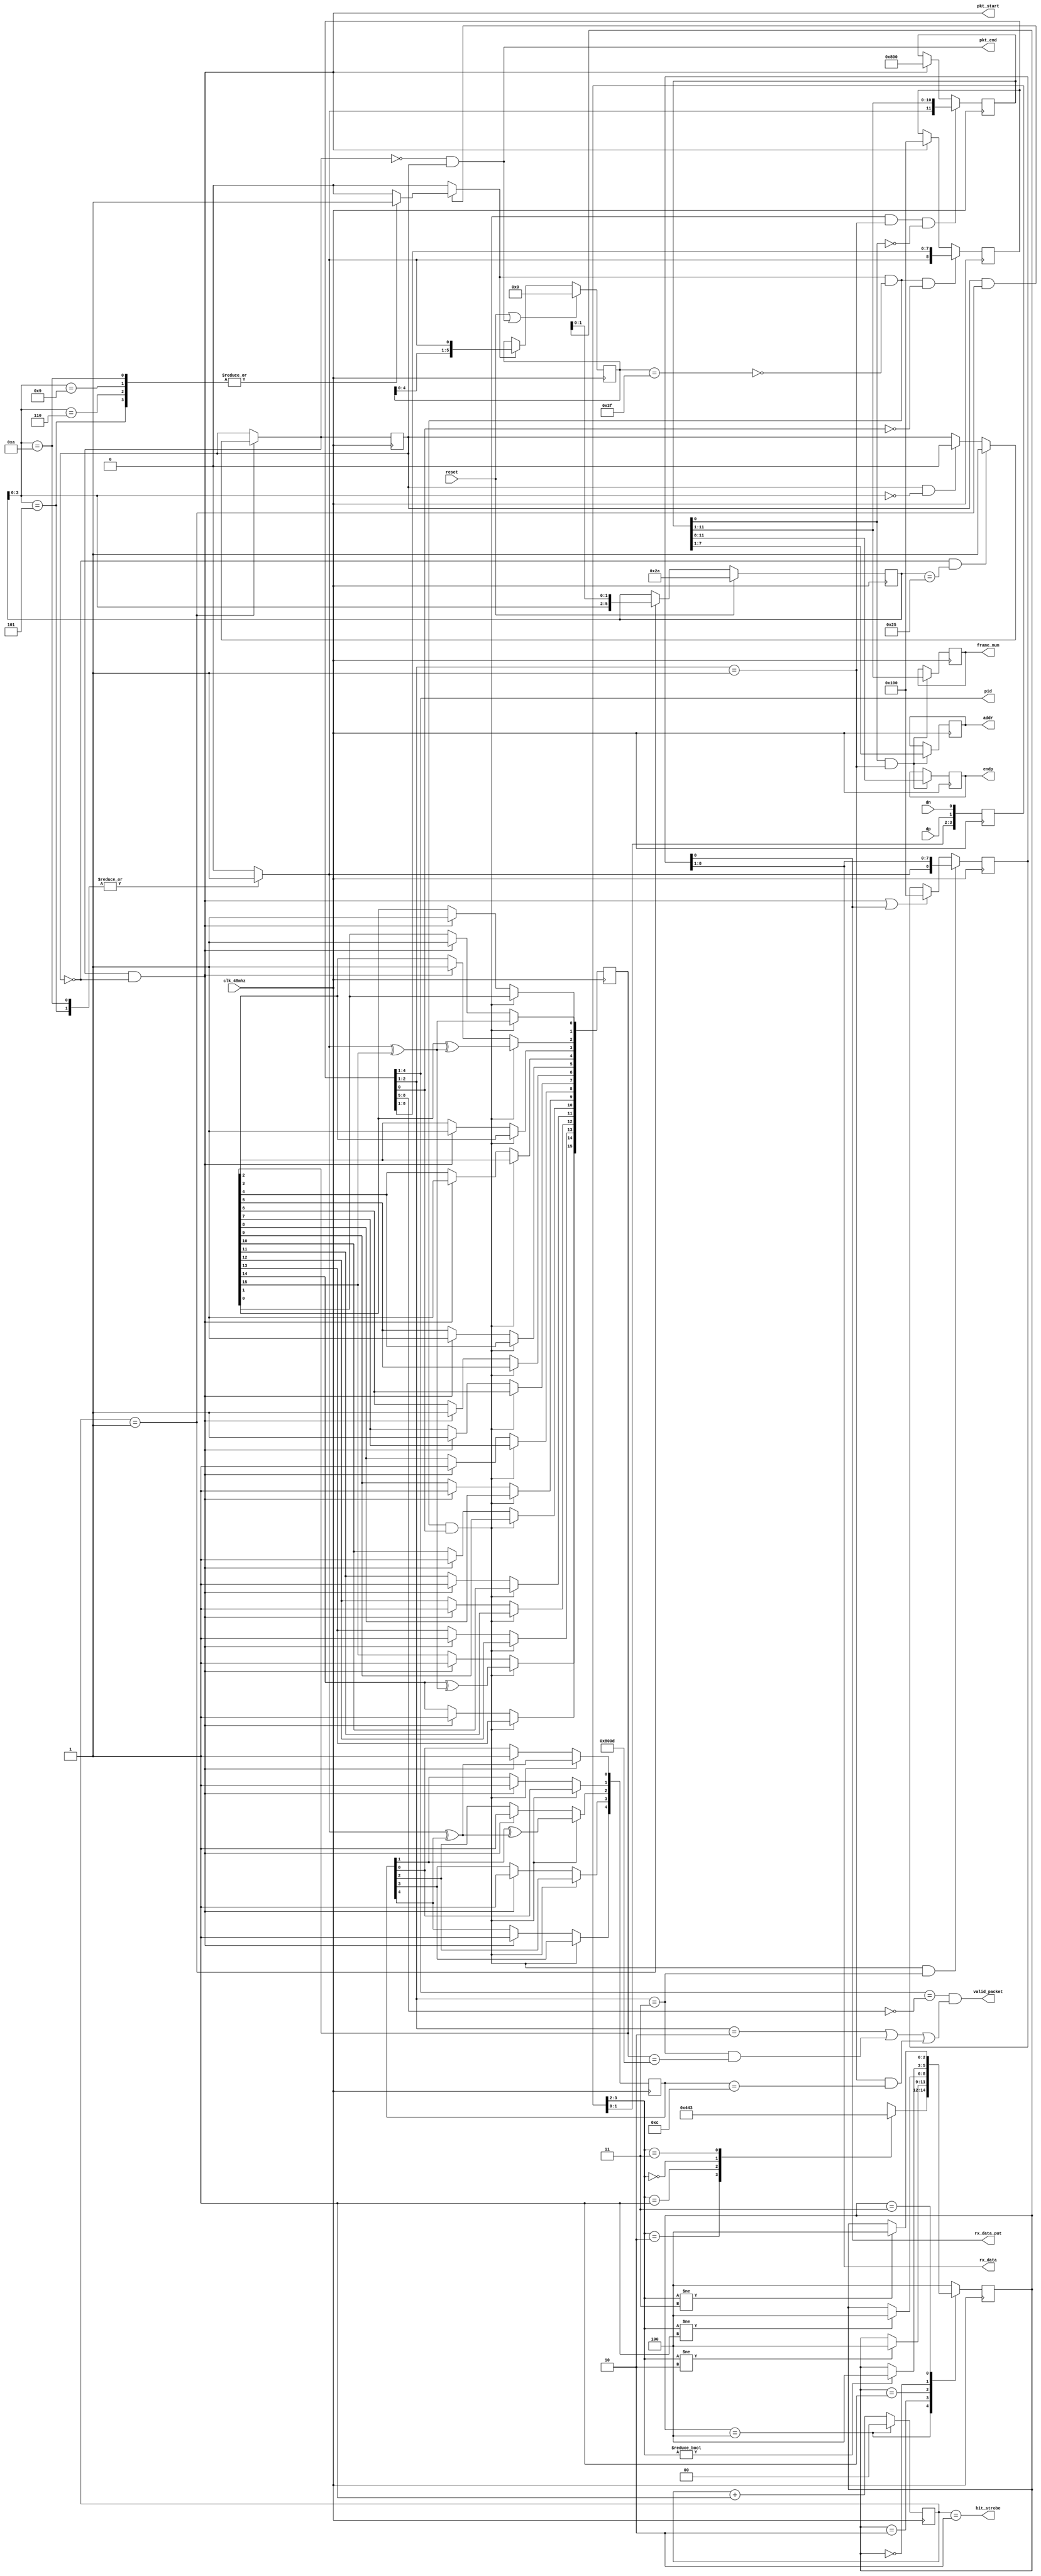
module usb_fs_rx (
  // A 48MHz clock is required to recover the clock from the incoming data. 
  input clk_48mhz,
  input reset,

  // USB data+ and data- lines.
  input dp,
  input dn,

  // pulse on every bit transition.
  output bit_strobe,

  // Pulse on beginning of new packet.
  output pkt_start,

  // Pulse on end of current packet.
  output pkt_end,

  // Most recent packet decoded.
  output [3:0] pid,
  output reg [6:0] addr = 0,
  output reg [3:0] endp = 0,
  output reg [10:0] frame_num = 0,

  // Pulse on valid data on rx_data.
  output rx_data_put,
  output [7:0] rx_data,

  // Most recent packet passes PID and CRC checks
  output valid_packet
);
  wire clk = clk_48mhz;

  ////////////////////////////////////////////////////////////////////////////////
  ////////////////////////////////////////////////////////////////////////////////
  ////////
  //////// usb receive path
  ////////
  ////////////////////////////////////////////////////////////////////////////////
  ////////////////////////////////////////////////////////////////////////////////

  
  ////////////////////////////////////////////////////////////////////////////////
  // double flop for metastability
  /*
    all asynchronous inputs into the RTL need to be double-flopped to protect 
    against metastable scenarios.  if the RTL clock samples an asynchronous signal
    at the same time the signal is transitioning the result is undefined.  flopping
    the signal twice ensures it will be either 1 or 0 and nothing in between.
  */

  reg [3:0] dpair_q = 0;

  always @(posedge clk) begin
      dpair_q[3:0] <= {dpair_q[1:0], dp, dn};
  end


  ////////////////////////////////////////////////////////////////////////////////
  // line state recovery state machine
  /*
    the recieve path doesn't currently use a differential reciever.  because of
    this there is a chance that one of the differential pairs will appear to have
    changed to the new state while the other is still in the old state.  the 
    following state machine detects transitions and waits an extra sampling clock
    before decoding the state on the differential pair.  this transition period 
    will only ever last for one clock as long as there is no noise on the line.
    if there is enough noise on the line then the data may be corrupted and the
    packet will fail the data integrity checks.
  */

  reg [2:0] line_state = 0;
  localparam  DT = 3'b100;
  localparam  DJ = 3'b010;
  localparam  DK = 3'b001;
  localparam SE0 = 3'b000;
  localparam SE1 = 3'b011;

  wire [1:0] dpair = dpair_q[3:2];

  always @(posedge clk) begin
      case (line_state)
          // if we are in a transition state, then we can sample the pair and 
          // move to the next corresponding line state
          DT : begin
              case (dpair)
                  2'b10 : line_state <= DJ;
                  2'b01 : line_state <= DK;
                  2'b00 : line_state <= SE0;
                  2'b11 : line_state <= SE1;
              endcase
          end

          // if we are in a valid line state and the value of the pair changes,
          // then we need to move to the transition state
          DJ  : if (dpair != 2'b10) line_state <= DT;
          DK  : if (dpair != 2'b01) line_state <= DT;
          SE0 : if (dpair != 2'b00) line_state <= DT;
          SE1 : if (dpair != 2'b11) line_state <= DT;        

          // if we are in an invalid state we should move to the transition state
          default : line_state <= DT;
      endcase
  end


  ////////////////////////////////////////////////////////////////////////////////
  // clock recovery
  /*
    the DT state from the line state recovery state machine is used to align to 
    transmit clock.  the line state is sampled in the middle of the bit time.

    example of signal relationships
    -------------------------------
    line_state        DT  DJ  DJ  DJ  DT  DK  DK  DK  DK  DK  DK  DT  DJ  DJ  DJ
    line_state_valid  ________----____________----____________----________----____
    bit_phase         0   0   1   2   3   0   1   2   3   0   1   2   0   1   2
  */

  reg [1:0] bit_phase = 0;

  wire line_state_valid = (bit_phase == 1);
  assign bit_strobe = (bit_phase == 2);

  always @(posedge clk) begin
      // keep track of phase within each bit
      if (line_state == DT) begin
          bit_phase <= 0;

      end else begin
          bit_phase <= bit_phase + 1;
      end
  end


  ////////////////////////////////////////////////////////////////////////////////
  // packet detection 
  /*
    usb uses a sync to denote the beginning of a packet and two single-ended-0 to
    denote the end of a packet.  this state machine recognizes the beginning and
    end of packets for subsequent layers to process.
  */
  reg [5:0] line_history = 0;
  reg packet_valid = 0;
  reg next_packet_valid;
  wire packet_start = next_packet_valid && !packet_valid;
  wire packet_end = !next_packet_valid && packet_valid;

  always @* begin
    if (line_state_valid) begin
      // check for packet start: KJKJKK
      if (!packet_valid && line_history[5:0] == 6'b100101) begin
        next_packet_valid <= 1;
      end
 
      // check for packet end: SE0 SE0
      else if (packet_valid && line_history[3:0] == 4'b0000) begin
        next_packet_valid <= 0;

      end else begin
        next_packet_valid <= packet_valid;
      end
    end else begin
      next_packet_valid <= packet_valid;
    end
  end

  always @(posedge clk) begin
    if (reset) begin
      line_history <= 6'b101010;
      packet_valid <= 0;
    end else begin
      // keep a history of the last two states on the line
      if (line_state_valid) begin
        line_history[5:0] <= {line_history[3:0], line_state[1:0]};
      end
    end
    packet_valid <= next_packet_valid;
  end


  ////////////////////////////////////////////////////////////////////////////////
  // NRZI decode
  /*
    in order to ensure there are enough bit transitions for a receiver to recover
    the clock usb uses NRZI encoding.

    https://en.wikipedia.org/wiki/Non-return-to-zero
  */
  reg dvalid_raw;
  reg din;

  always @* begin
    case (line_history[3:0])
      4'b0101 : din <= 1;
      4'b0110 : din <= 0;
      4'b1001 : din <= 0;
      4'b1010 : din <= 1;
      default : din <= 0;
    endcase
 
    if (packet_valid && line_state_valid) begin
      case (line_history[3:0])
        4'b0101 : dvalid_raw <= 1;
        4'b0110 : dvalid_raw <= 1;
        4'b1001 : dvalid_raw <= 1;
        4'b1010 : dvalid_raw <= 1;
        default : dvalid_raw <= 0;
      endcase
    end else begin
      dvalid_raw <= 0;
    end
  end

  reg [5:0] bitstuff_history = 0;

  always @(posedge clk) begin
    if (reset || packet_end) begin
      bitstuff_history <= 6'b000000;
    end else begin
      if (dvalid_raw) begin
        bitstuff_history <= {bitstuff_history[4:0], din};
      end
    end  
  end

  wire dvalid = dvalid_raw && !(bitstuff_history == 6'b111111);


  ////////////////////////////////////////////////////////////////////////////////
  // save and check pid
  /*
    shift in the entire 8-bit pid with an additional 9th bit used as a sentinal.
  */

  reg [8:0] full_pid = 0;
  wire pid_valid = full_pid[4:1] == ~full_pid[8:5];
  wire pid_complete = full_pid[0];

  always @(posedge clk) begin
    if (packet_start) begin
      full_pid <= 9'b100000000;
    end

    if (dvalid && !pid_complete) begin
        full_pid <= {din, full_pid[8:1]};
    end
  end


  ////////////////////////////////////////////////////////////////////////////////
  // check crc5
  reg [4:0] crc5 = 0;
  wire crc5_valid = crc5 == 5'b01100;
  wire crc5_invert = din ^ crc5[4];
  always @(posedge clk) begin
    if (packet_start) begin
      crc5 <= 5'b11111;
    end

    if (dvalid && pid_complete) begin
      crc5[4] <= crc5[3];
      crc5[3] <= crc5[2];
      crc5[2] <= crc5[1] ^ crc5_invert;
      crc5[1] <= crc5[0];
      crc5[0] <= crc5_invert;
    end
  end


  ////////////////////////////////////////////////////////////////////////////////
  // check crc16
  reg [15:0] crc16 = 0;
  wire crc16_valid = crc16 == 16'b1000000000001101;
  wire crc16_invert = din ^ crc16[15];  

  always @(posedge clk) begin
    if (packet_start) begin
      crc16 <= 16'b1111111111111111;
    end

    if (dvalid && pid_complete) begin
      crc16[15] <= crc16[14] ^ crc16_invert;
      crc16[14] <= crc16[13];
      crc16[13] <= crc16[12];
      crc16[12] <= crc16[11];
      crc16[11] <= crc16[10];
      crc16[10] <= crc16[9];
      crc16[9] <= crc16[8];
      crc16[8] <= crc16[7];
      crc16[7] <= crc16[6];
      crc16[6] <= crc16[5];
      crc16[5] <= crc16[4];
      crc16[4] <= crc16[3];
      crc16[3] <= crc16[2];
      crc16[2] <= crc16[1] ^ crc16_invert;
      crc16[1] <= crc16[0];
      crc16[0] <= crc16_invert;
    end
  end


  ////////////////////////////////////////////////////////////////////////////////
  // output control signals
  wire pkt_is_token = full_pid[2:1] == 2'b01;
  wire pkt_is_data = full_pid[2:1] == 2'b11;
  wire pkt_is_handshake = full_pid[2:1] == 2'b10;


  // TODO: need to check for data packet babble
  // TODO: do i need to check for bitstuff error?
  assign valid_packet = pid_valid && (
    (pkt_is_handshake) || 
    (pkt_is_data && crc16_valid) ||
    (pkt_is_token && crc5_valid)
  );
  

  reg [11:0] token_payload = 0;
  wire token_payload_done = token_payload[0];

  always @(posedge clk) begin
    if (packet_start) begin
      token_payload <= 12'b100000000000;
    end

    if (dvalid && pid_complete && pkt_is_token && !token_payload_done) begin
      token_payload <= {din, token_payload[11:1]};
    end
  end

  always @(posedge clk) begin
    if (token_payload_done && pkt_is_token) begin
      addr <= token_payload[7:1];
      endp <= token_payload[11:8];
      frame_num <= token_payload[11:1];
    end
  end

  assign pkt_start = packet_start;
  assign pkt_end = packet_end; 
  assign pid = full_pid[4:1]; 
  //assign addr = token_payload[7:1];
  //assign endp = token_payload[11:8];
  //assign frame_num = token_payload[11:1];
  

  ////////////////////////////////////////////////////////////////////////////////
  // deserialize and output data
  //assign rx_data_put = dvalid && pid_complete && pkt_is_data;
  reg [8:0] rx_data_buffer = 0;
  wire rx_data_buffer_full = rx_data_buffer[0];
  assign rx_data_put = rx_data_buffer_full;
  assign rx_data = rx_data_buffer[8:1];

  always @(posedge clk) begin
    if (packet_start || rx_data_buffer_full) begin
      rx_data_buffer <= 9'b100000000;
    end

    if (dvalid && pid_complete && pkt_is_data) begin
        rx_data_buffer <= {din, rx_data_buffer[8:1]};
    end
  end

endmodule // usb_fs_rx